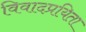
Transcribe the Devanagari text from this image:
विवादप्रयिता